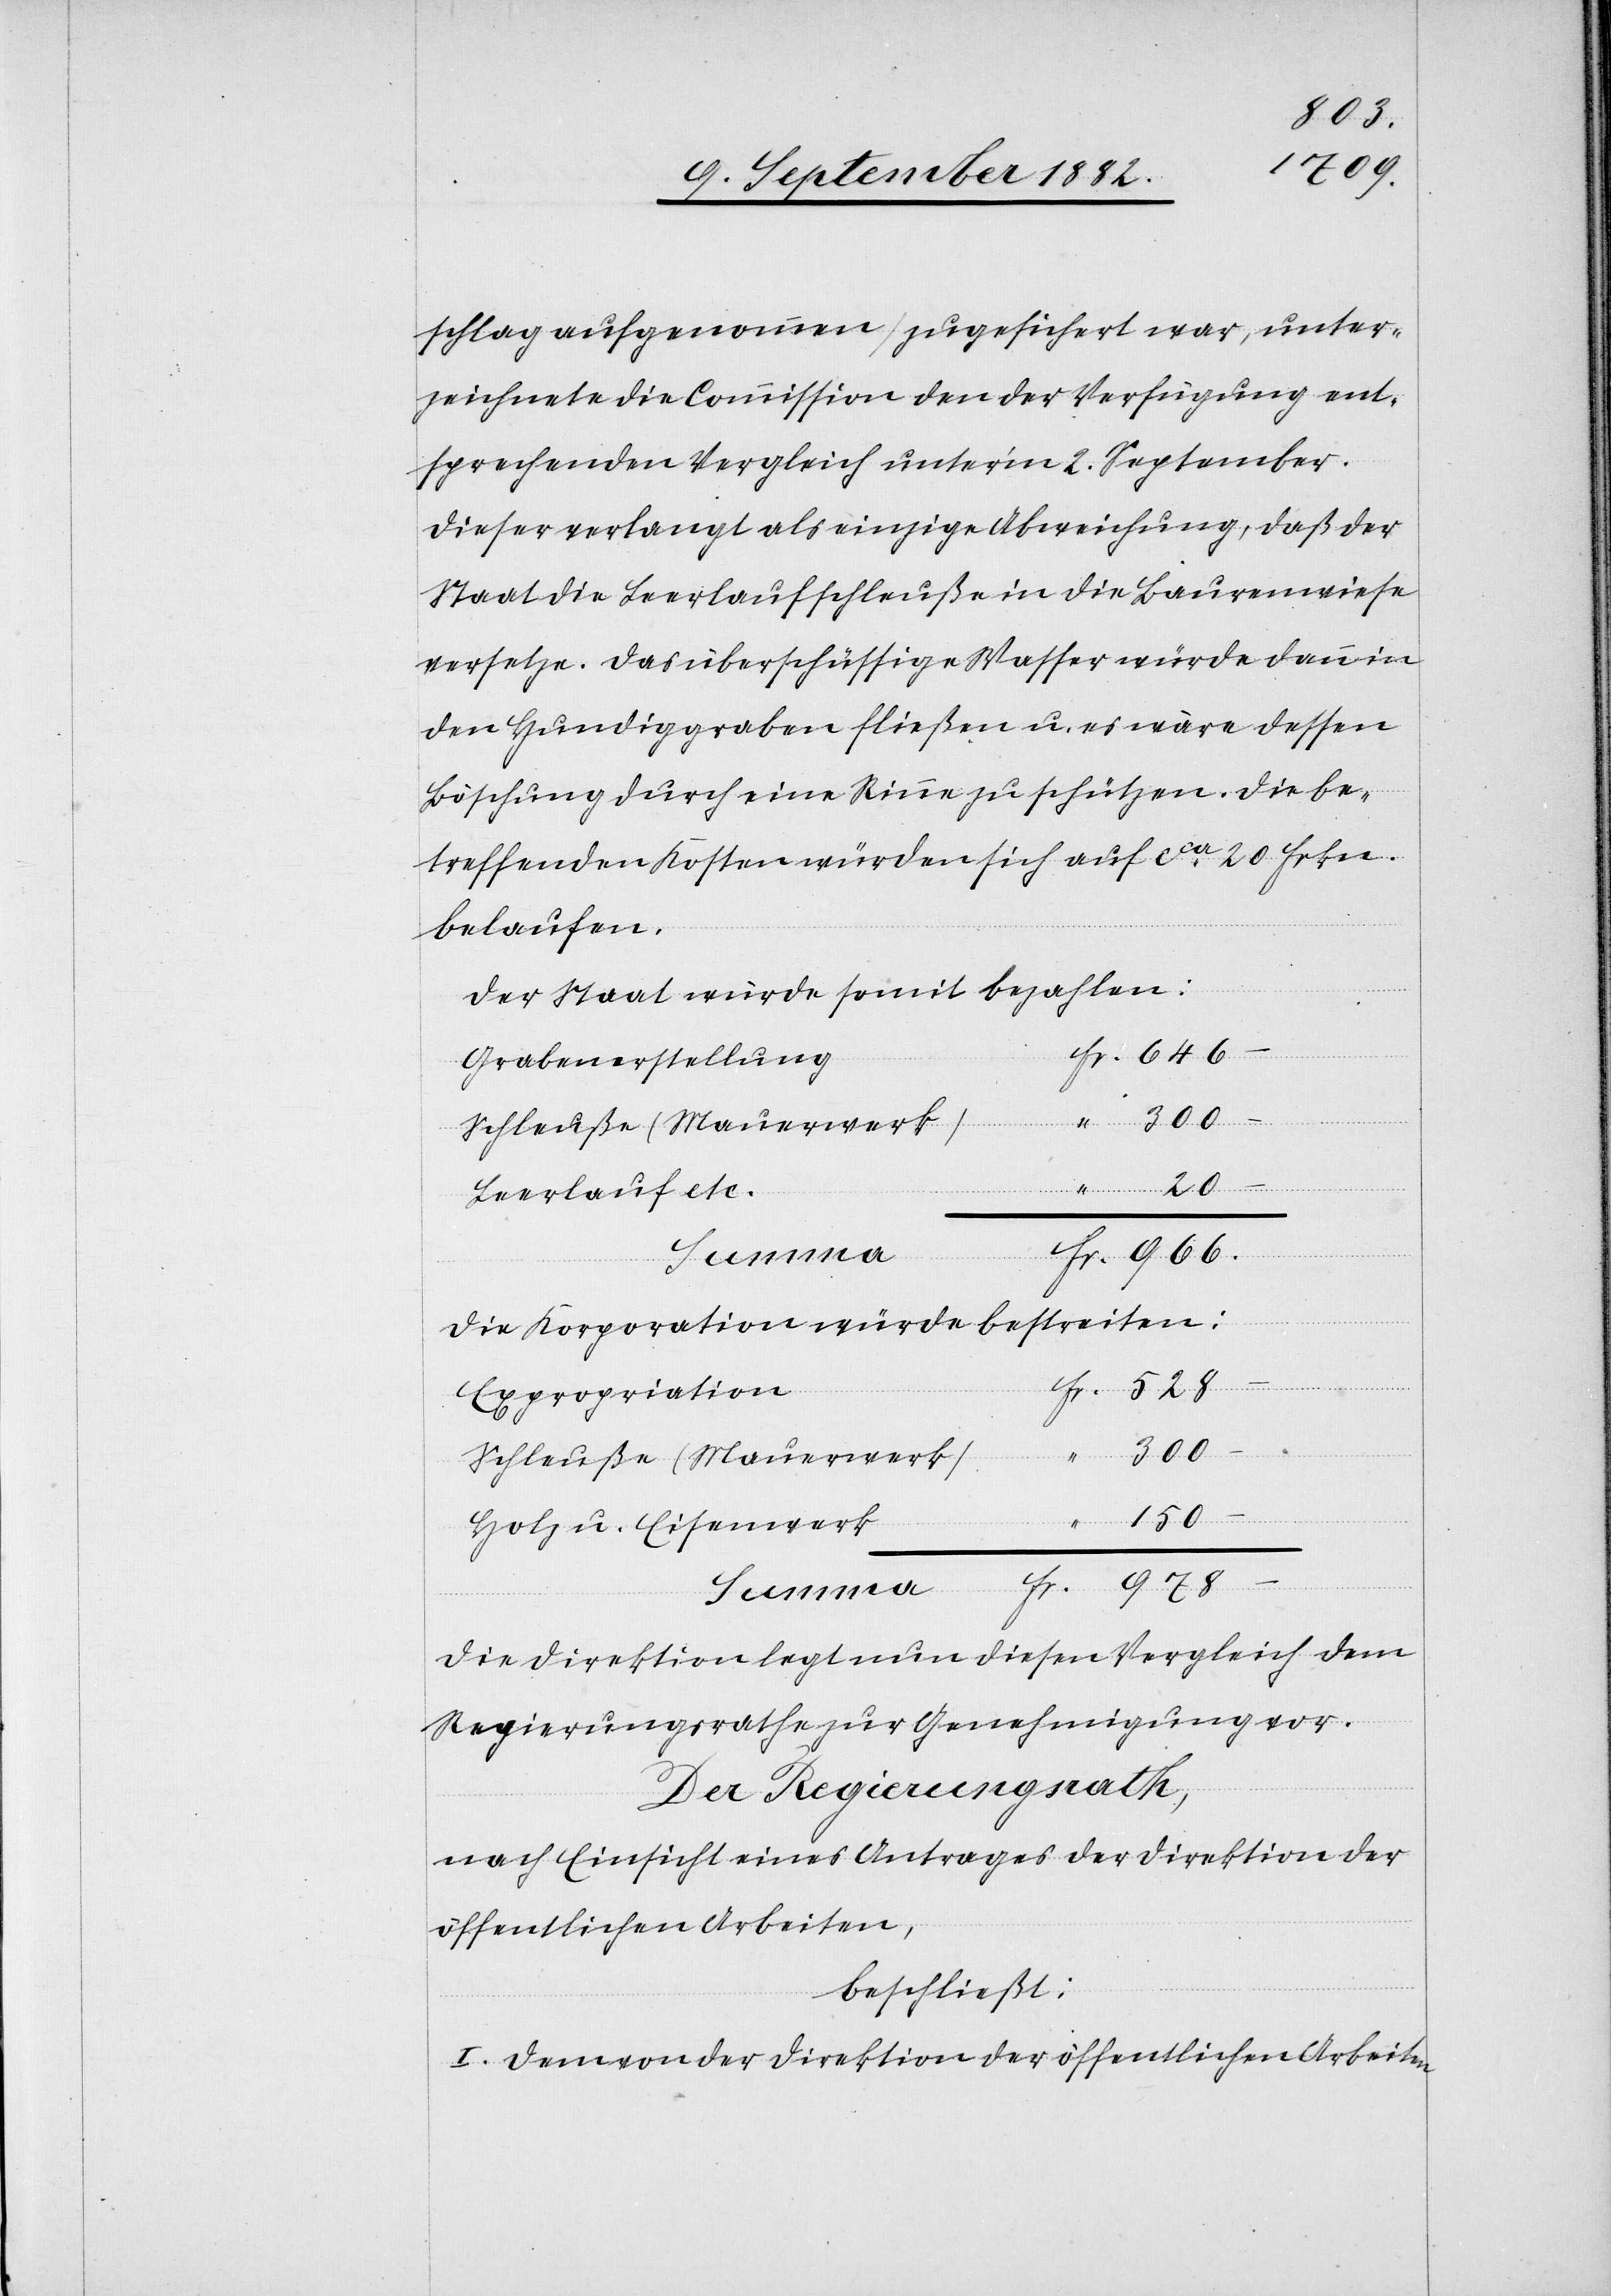
schlag aufgenommen) zugesichert war, unter¬
zeichnete die Commission den der Verfügung ent¬
sprechenden Vergleich unter’m 2. September.
Dieser verlangt als einzige Abweichung, daß der
Staat die Leerlaufschleuße in die Baurenwiese
versetze. Das überschüssige Wasser würde dann in
den Hundiggraben fließen u. es wäre dessen
Böschung durch eine Rinne zu schützen. Die be¬
treffenden Kosten würden sich auf ca 20 Frkn
belaufen.
Fr.
Der Staat würde somit bezahlen:
Summa
Grabenerstellung
Leerlauf etc.
Die Korporation würde bestreiten:
Expropriation
300–
Schleuße (Mauerwerk)
150–
Holz u. Eisenwerk
978–
.
Die Direktion legt nun diesen Vergleich dem
Regierungsrathe zur Genehmigung vor.
Der Regierungsrath,
nach Einsicht eines Antrages der Direktion der
öffentlichen Arbeiten,
beschließt:
I. Dem von der Direktion der öffentlichen Arbeiten